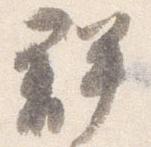
群